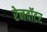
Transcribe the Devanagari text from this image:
रेनवॉटर